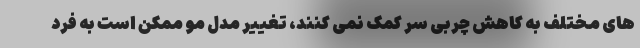
های مختلف به کاهش چربی سر کمک نمی کنند، تغییر مدل مو ممکن است به فرد